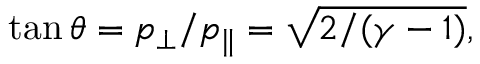
\tan \theta = p _ { \perp } / p _ { \parallel } = \sqrt { 2 / ( \gamma - 1 ) } ,